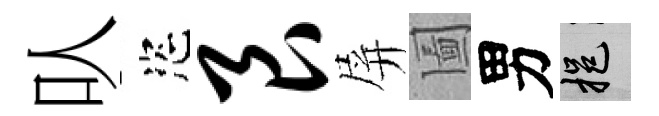
㕥恣艮屏圗男挹